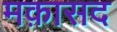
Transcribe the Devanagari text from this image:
मक़ासद